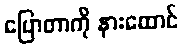
ပြောတာကို နားထောင်